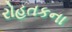
રોહતકના